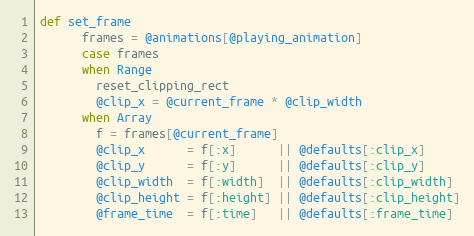
Language: Ruby
def set_frame
      frames = @animations[@playing_animation]
      case frames
      when Range
        reset_clipping_rect
        @clip_x = @current_frame * @clip_width
      when Array
        f = frames[@current_frame]
        @clip_x      = f[:x]      || @defaults[:clip_x]
        @clip_y      = f[:y]      || @defaults[:clip_y]
        @clip_width  = f[:width]  || @defaults[:clip_width]
        @clip_height = f[:height] || @defaults[:clip_height]
        @frame_time  = f[:time]   || @defaults[:frame_time]